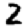
Digit: 2